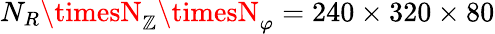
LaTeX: N_{R}\timesN_{\mathbb{Z}}\timesN_{\varphi}=240\times320\times80